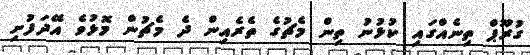
ގުރޫޕް ތިނެއްގައި ކުޅުނު ތިން މެޗުގެ ތެރެއިން ދެ މެޗުން މޮޅުވެ އޭދަފުށި